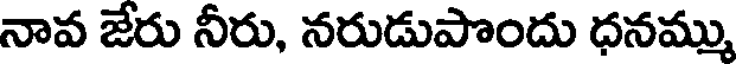
నావ జేరు నీరు, నరుడుపొందు ధనమ్ము